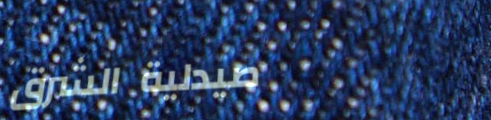
صيدلية الشرق